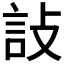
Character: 𬢟